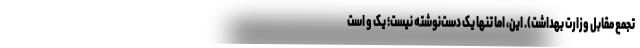
تجمع مقابل وزارت بهداشت). این، اما تنها یک دست‌نوشته نیست؛ یک و است